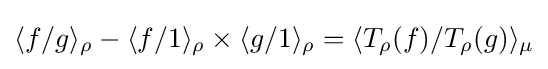
\langle f/g\rangle _{\rho }-\langle f/1\rangle _{\rho }\times \langle g/1\rangle _{\rho }=\langle T_{\rho }(f)/T_{\rho }(g)\rangle _{\mu }